Civil Veterinary Department. Madras. Admin. report 1926-33 - 1926-1933
Year: 1926
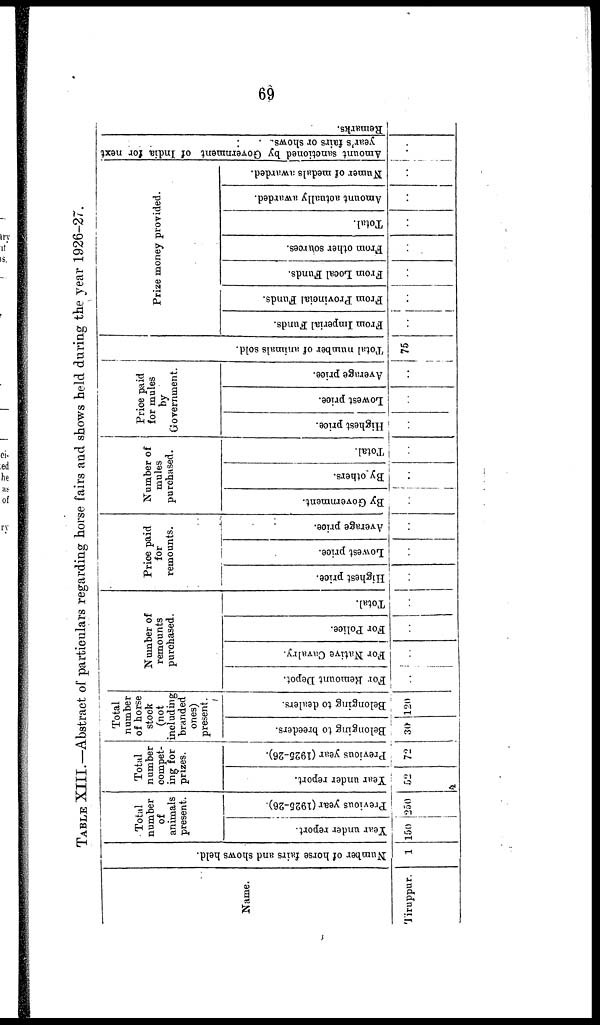
69
TABLE XIII.—Abstract of particulars regarding horse fairs and shows held during the year 1926-27.
Name.
Tiruppur.
Number of horse fairs and shows held.
1
Total
number
of
animals
present.
Year under report.
150
Previous year (1925-26).
250
Total
number
compet-
ing for
prizes.
Year under report.
52
Previous year (1925-26).
72
Total
number
of horse
stock
(not
including
branded
ones)
present.
Belonging to breeders.
30
Belonging to dealers.
120
Number of
remounts
purchased.
For Remount Depot.
..
For Native Cavalry.
..
For Police.
..
Total.
..
Price paid
for
remounts.
Highest price.
..
Lowest price.
..
Average price.
..
Number of
mules
purchased.
By Government.
..
By others.
..
Total.
..
Price paid
for mules
by
Government.
Highest price.
..
Lowest price.
..
Average price.
.
Total number of animals sold.
75
Prize money provided.
From Imperial Funds.
..
From Provincial Funds.
..
From Local Funds.
..
From other sources.
..
Total.
..
Amount actually awarded.
..
Numer of medals awarded.
..
Amount sanctioned by Government of India for next
year's fairs or shows.
..
Remarks.
..